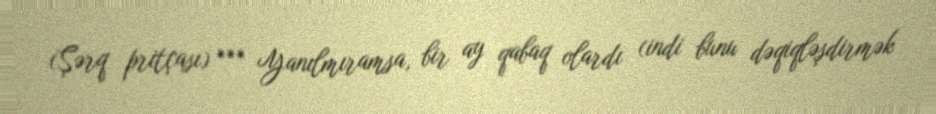
(Şərq pritçası) *** Yanılmıramsa, bir ay qabaq olardı (indi bunu dəqiqləşdirmək